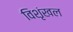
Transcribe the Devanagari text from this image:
विशृंखल